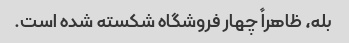
بله، ظاهراً چهار فروشگاه شکسته شده است.